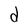
Character: d